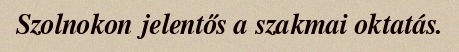
Szolnokon jelentős a szakmai oktatás.